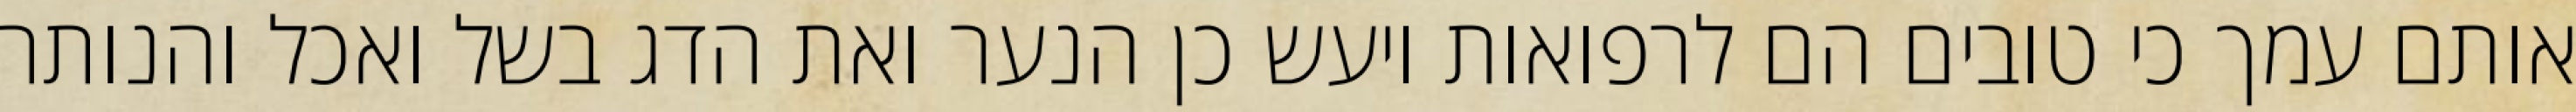
אותם עמך כי טובים הם לרפואות ויעש כן הנער ואת הדג בשל ואכל והנותר